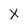
Character: X